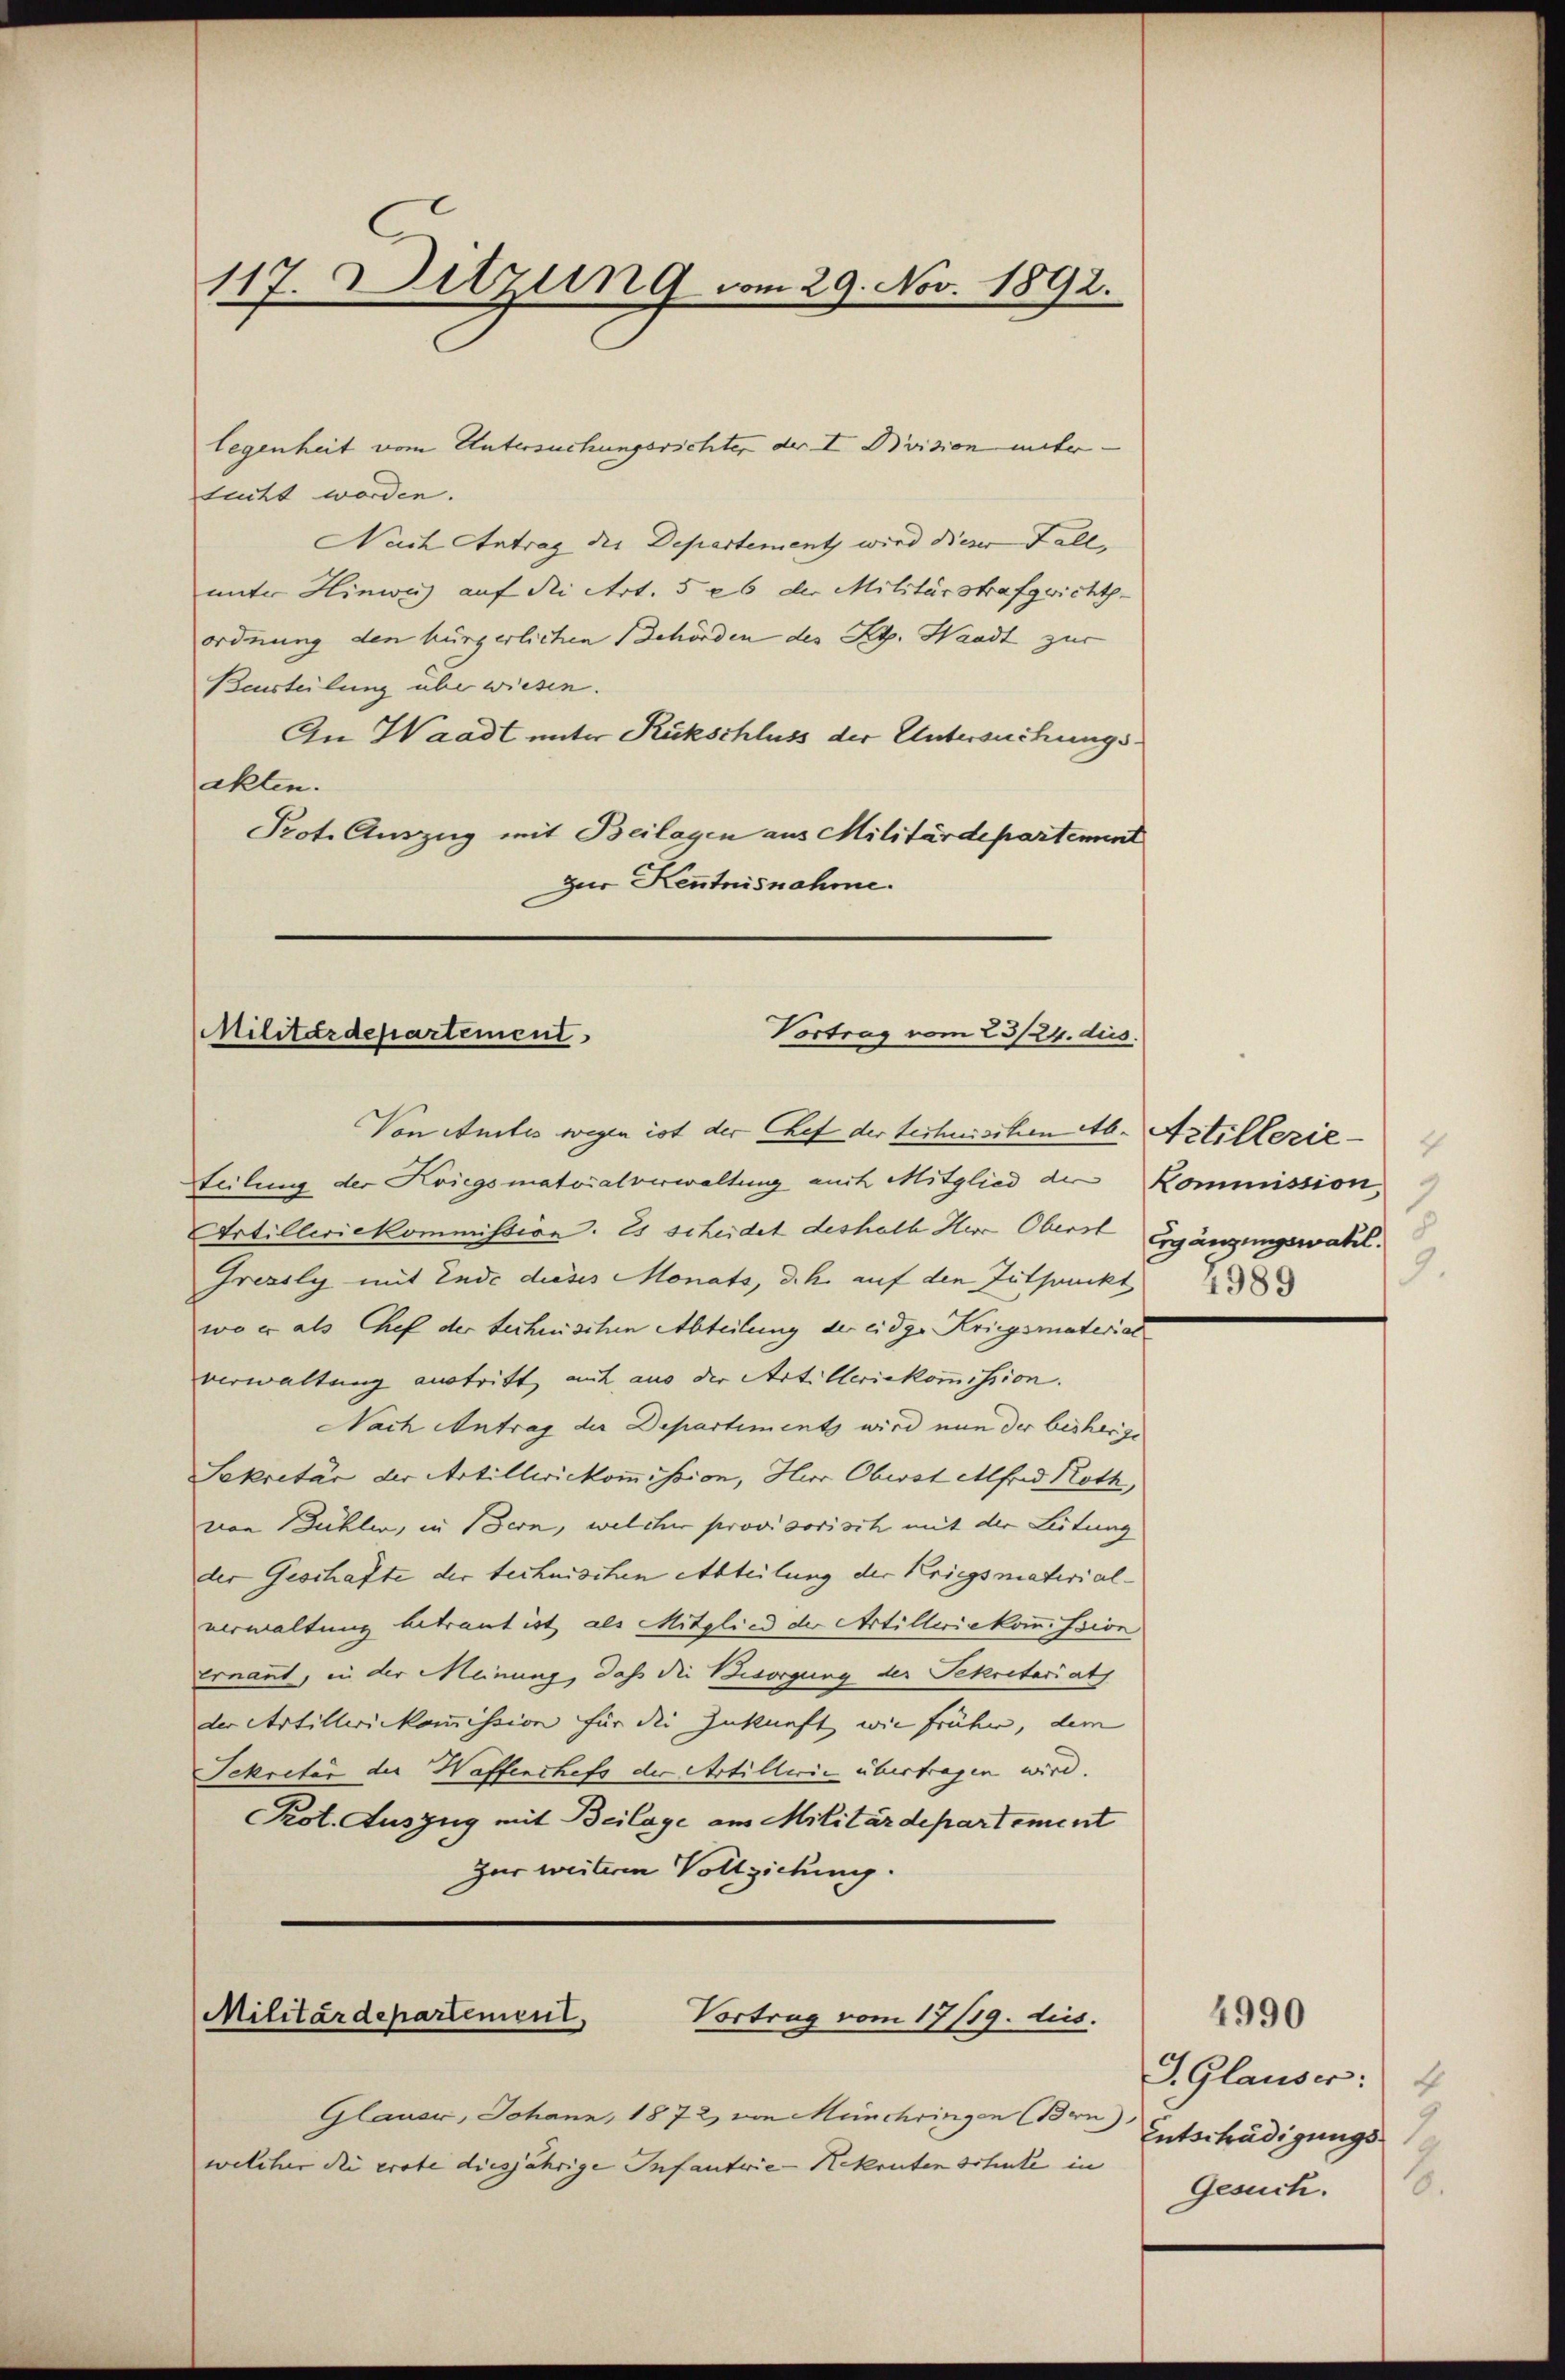
117. Ditzung vom 29. Nov. 1892.

legenheit vom Untersuchungsrichter der I Bvision untertucht worden.
Nach Antrag der Departement wird dieser Fallunter Hinweis auf die Art. 526 der Militärstrafgerichts-
ordnung den bürgerlichen Behörden des St. Waadt zur
Beurteilung überwiesen.
An Waadt unter Rückschluss der Untersuchungsakten.
Prot. Auszug mit Beilagen aus Militärdepartement
zur Kenntnisnahme.

Militärdepartement
Vortrag vom 23/224. dies

Von Amtes wegen ist der Chef der technischen Ab. Artillerie-
Teilung der Kriegsmatorialverwaltung am Mitglied der Kommission
Artilleriekommission. Es scheidet deshalb Herr Oberst Ergänzungswahl.
Grezsly mit Ende dieses Monats, d.h. auf den Zuthunckt
wo er als Chef der technischen Abteilung der eidge Kriegsmaterial
verwaltung austritt, mit aus der Art. Meriekommission.
Nach Antrag der Departiments wird nun der bisherige
Sekretär der Artillwirkommission, Herr Obwat Alfred Roth,
von Bühler, in Bern, welcher provisorisch mit der Leitung
der Geschafte der technischen Abteilung der Kriegsmaterialverwaltung betraut ist, als Mitglied der Artilleriekommission
ernannt, in der Meinung, daß die Besorgung der Sekretariats
der Artilleriekommission für die Zukunft wie frühen, dem
Sekreter der Waffenthefs der Artillerie übertragen wird.
Kot. Auszug mit Beilage aus Militärdepartement
Zur weiteren Vollziehung.

Militärdepartement,
Vortrag vom 17/19. dies.

Glauer, Johann, 1872 von Münchringen (Brn Entschädigungswelcher die prote diesjährige Infantrie-Rekruten schule in

9.

S. Glauser: 4
.
Gesuch.

4990